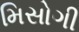
મિસોગી